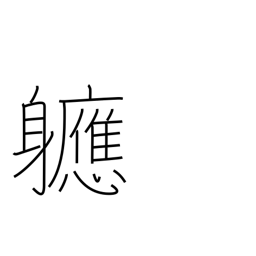
Meaning: soon after